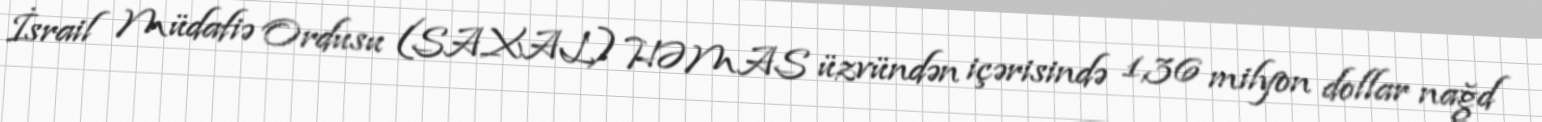
İsrail Müdafiə Ordusu (SAXAL) HƏMAS üzvündən içərisində 1,36 milyon dollar nağd